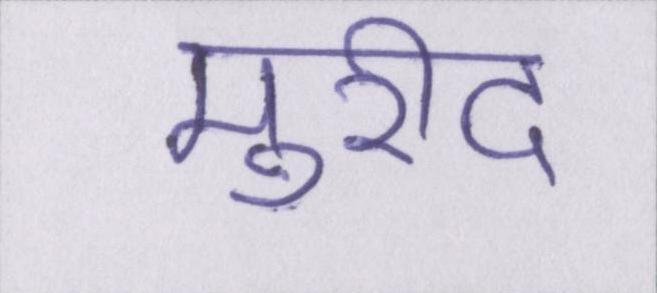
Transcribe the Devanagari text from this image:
मुरीद